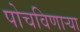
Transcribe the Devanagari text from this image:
पोचविणार्‍या